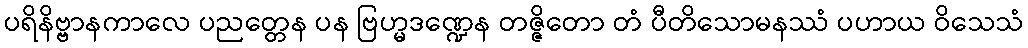
ပရိနိဗ္ဗာနကာလေ ပညတ္တေန ပန ဗြဟ္မဒဏ္ဍေန တဇ္ဇိတော တံ ပီတိသောမနဿံ ပဟာယ ဝိသေသံ